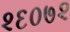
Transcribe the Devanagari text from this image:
२६०७२